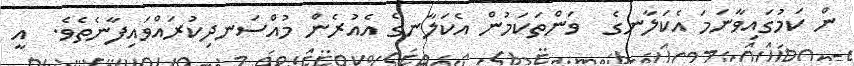
ން ކަމުގައިވާނަމަ އެކަލާނގެ  ވަންތަކަމުން އެކަލާނގެ އެއުރެން މުއްސަނދިކުރައްވައިފާނެތެވެ.  އީ